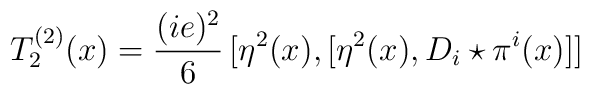
T_2^{(2)}(x)=\frac{(ie)^2}{6}\,[\eta^2(x),[\eta^2(x),D_i\star\pi^i(x)]]